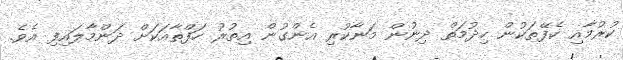
ކުރުމާއި ކެފޭތަކުން ހިދުމަތް ދިނުން މަނާކުރި އެންގުން އިތުރު ހަފްތާއަކަށް ދަންމާލައިފި އެވެ.